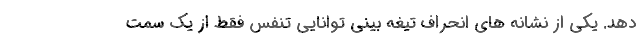
دهد. یکی از نشانه های انحراف تیغه بینی توانایی تنفس فقط از یک سمت